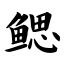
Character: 鳃